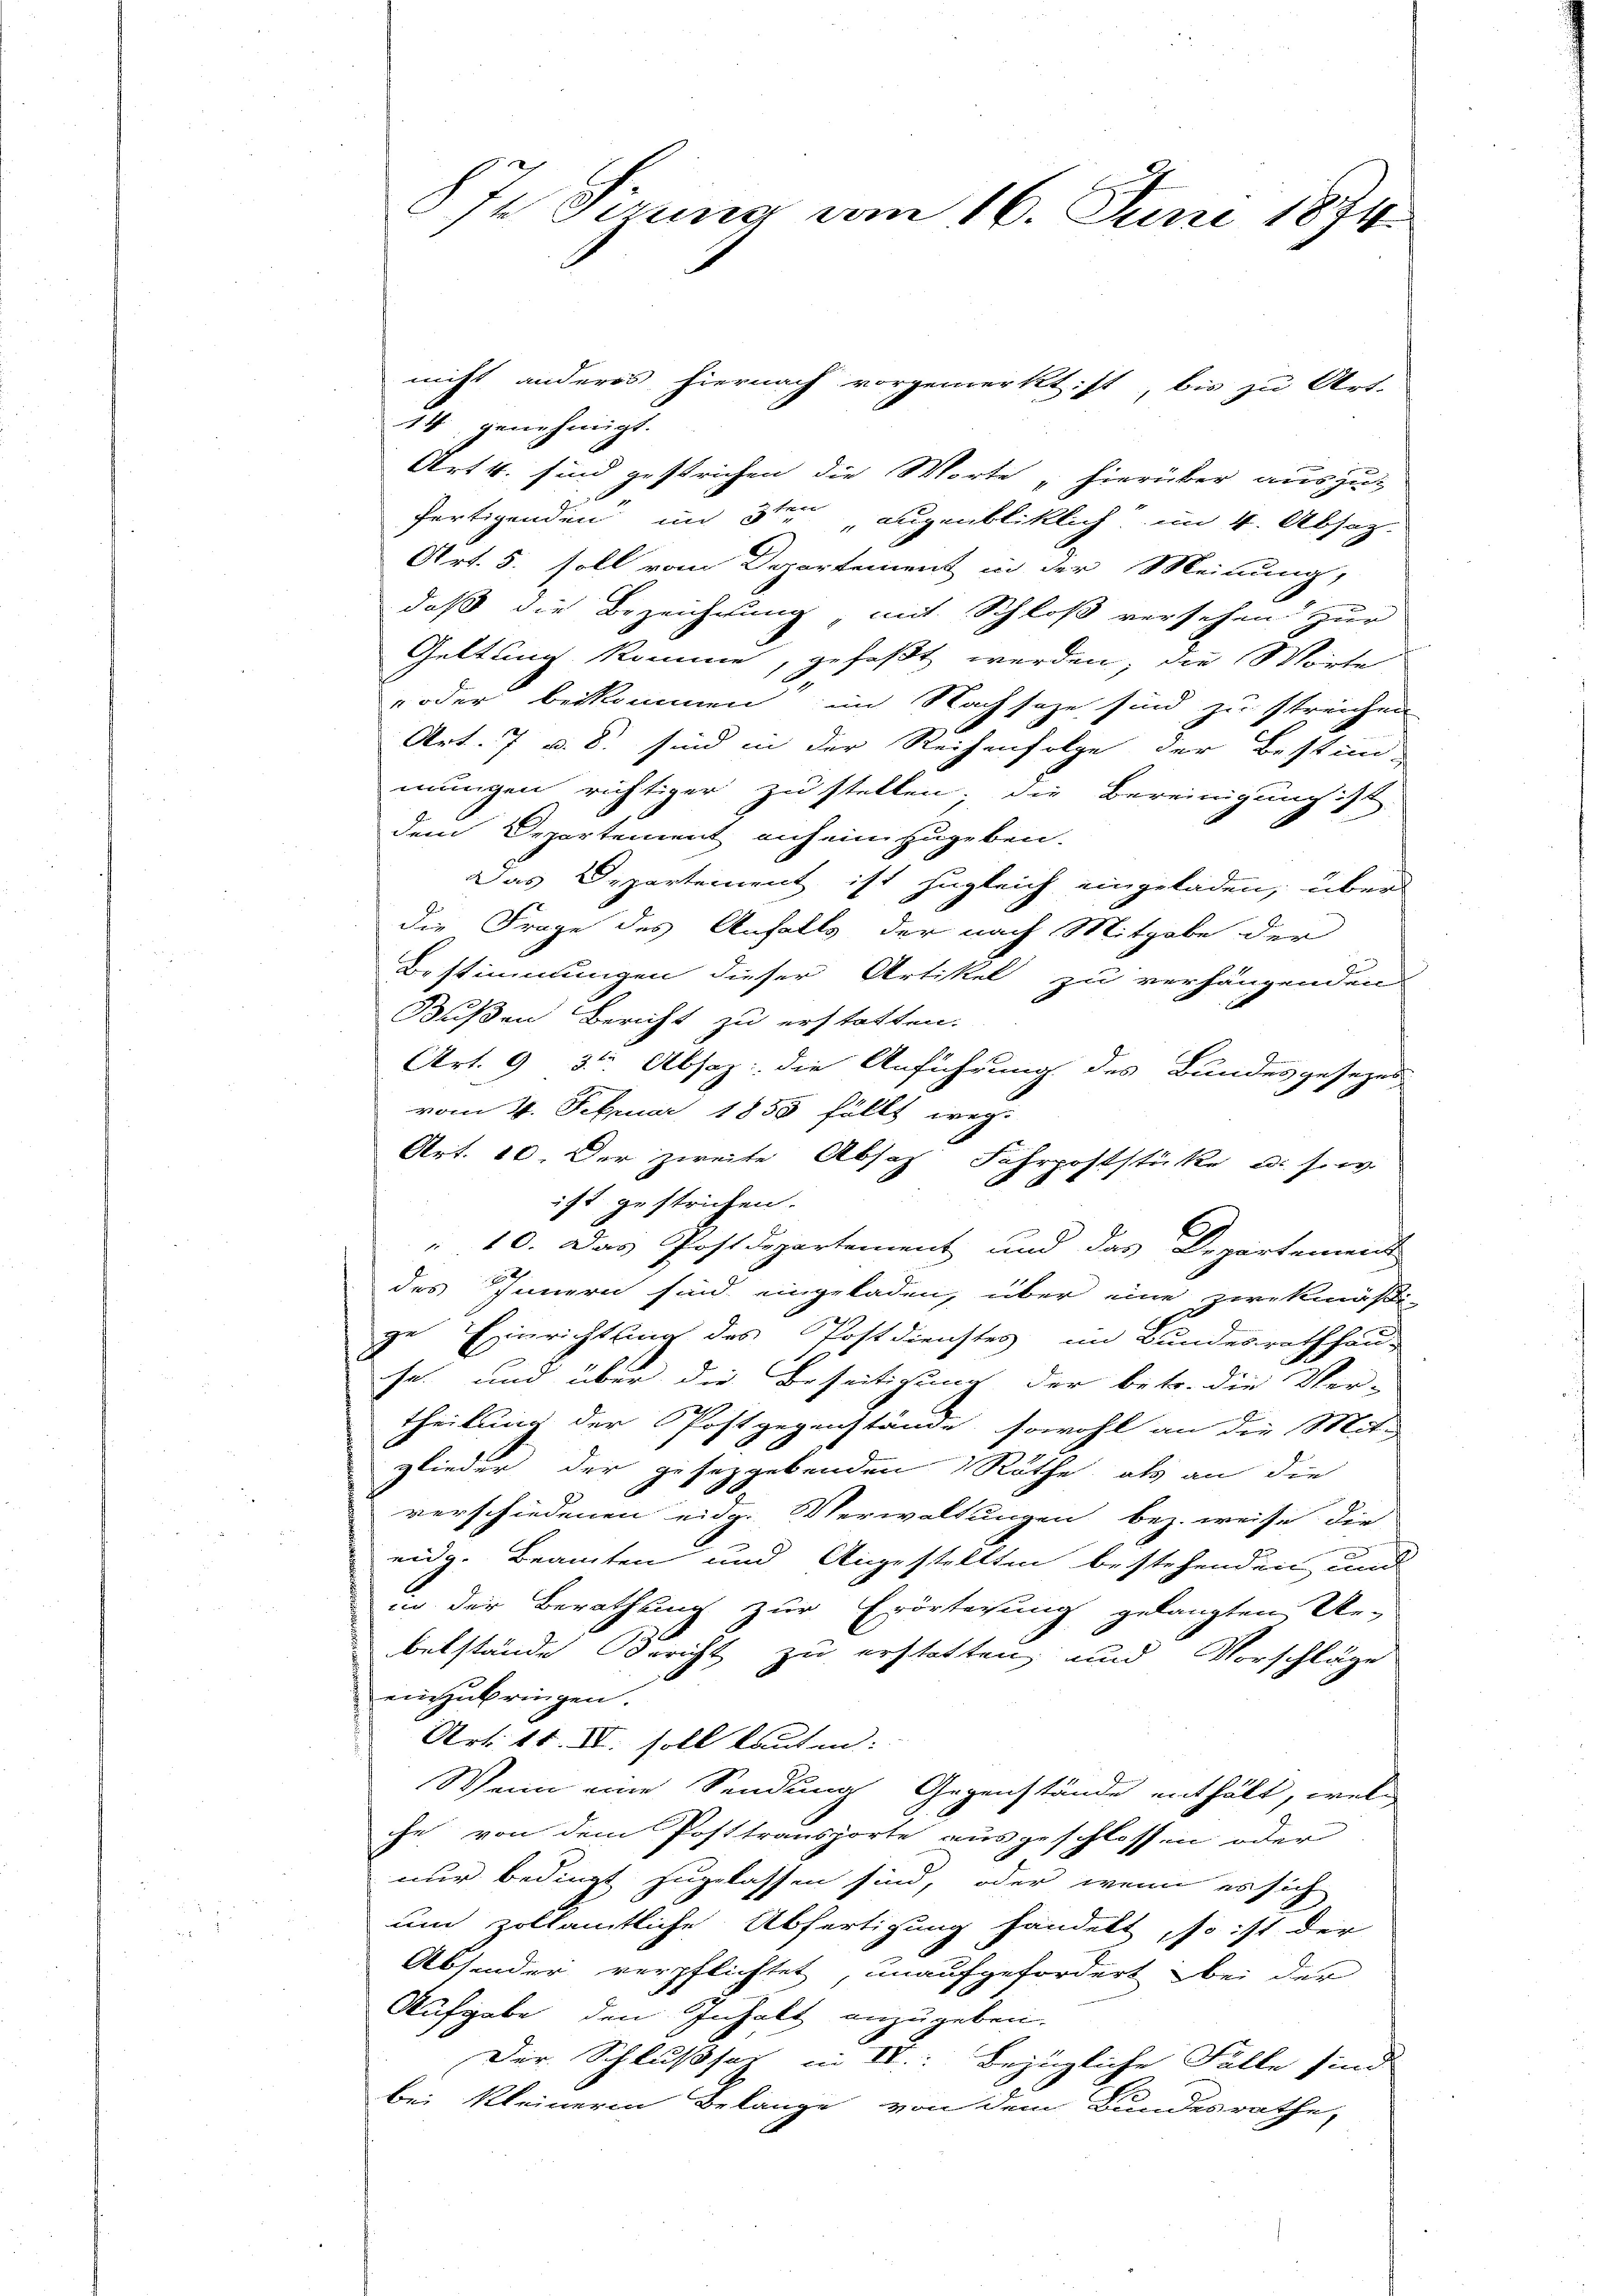
nicht anderes hiernach vorgemerkt ist bis zu Art.
14 genehmigt.
Art 4. sind gestrichen die Worte „hierüber auszut
fertigenden im 3ten augenbliklich im 4. Absatz.
Art. 5. soll vom Departement in der Meinung,
daß die Bezeichnung mit Schloß versehen zur
Geltung komme, gefaßt werden, die Worte
 oder beikommen im Nachsage sind zu streichen
Art. 7 u. 8. sind in der Reihenfolge der Bestim-
mungen richtiger zu stellen; die Bereinigung ist.
dem Departement auf einzugeben.
Das Departement ist zugleich eingeladen, über
die Frage des Anfalls der nach Mitgabe der
Bestimmungen dieser Artikel zu verhängenden
Bußen Bericht zu erstatten.
Art. 9 3ten Absaz: die Anführung des Bundesgesezes
vom 4. Februar 1855 fällt weg.
Art. 10 Der zweite Absch Fahrpoststücke u. sow
e
ist gestrichen.
„10. Das Postdepartement und das Departement
des Innern sind eingeladen, über eine zwekmäßi-
ge Einrichtung des Postdienstes im Bundesrathhaus
se, und über die Beseitigung der betr. die Ver-
theilung der Postgegenstände, sowohl an die Mit-
glieder der gesetzgebenden Röthe, als an die
verschiedenen eidg. Verwaltungen bez. weise die
eidg. Beamten und Angestellten bestehenden, und
in der Berathung zur Erörterung gelangten Ue-
belstände Bericht zu erstatten, und Vorschläge
einzubringen.
Art. 11. IV. soll lauten. |
Wenn eine Sendung Gegenstände enthält, welc
he von dem Posttransporte ausgeschlossen oder
nur bedingt zugelassen sind, oder wenn es sich
um zollämtliche Abfertigung handelt, so ist der
Absonder verpflichtet, unaufgefordert bei der
Aufgabe den Inhalt anzugeben.
Der Schlußsat in II: bezügliche Fälle sind
bei kleineren Belange von dem Bundesrathe,

8Je Firung vom 16. Juni 1874